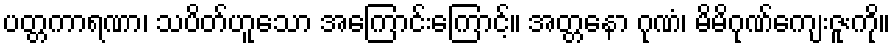
ပတ္တကာရဏာ၊ သပိတ်ဟူသော အကြောင်းကြောင့်။ အတ္တနော ဂုဏံ၊ မိမိဂုဏ်ကျေးဇူးကို။